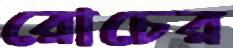
রোচের